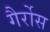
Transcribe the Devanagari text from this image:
गैर्रोस